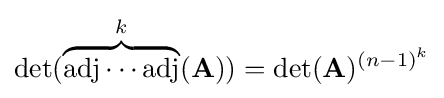
\det(\overbrace {\operatorname {adj} \dotsm \operatorname {adj} } ^{k}(\mathbf {A} ))=\det(\mathbf {A} )^{(n-1)^{k}}